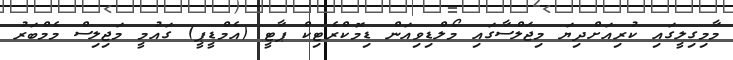
މާމިގިލީގައި ކުރިއަށްދިޔަ މިޖަލްސާގައި މޯލްޑިވިއަން ޑިމޮކްރެޓިކް ޕާޓީ (އެމްޑީޕީ) ގައުމީ މަޖިލިސް މެމްބަރު